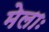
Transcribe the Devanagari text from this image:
मेलाः